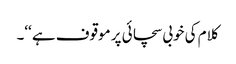
کلام کی خوبی سچائی پر موقوف ہے ‘‘۔